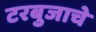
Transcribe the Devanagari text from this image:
टरबुजाचे